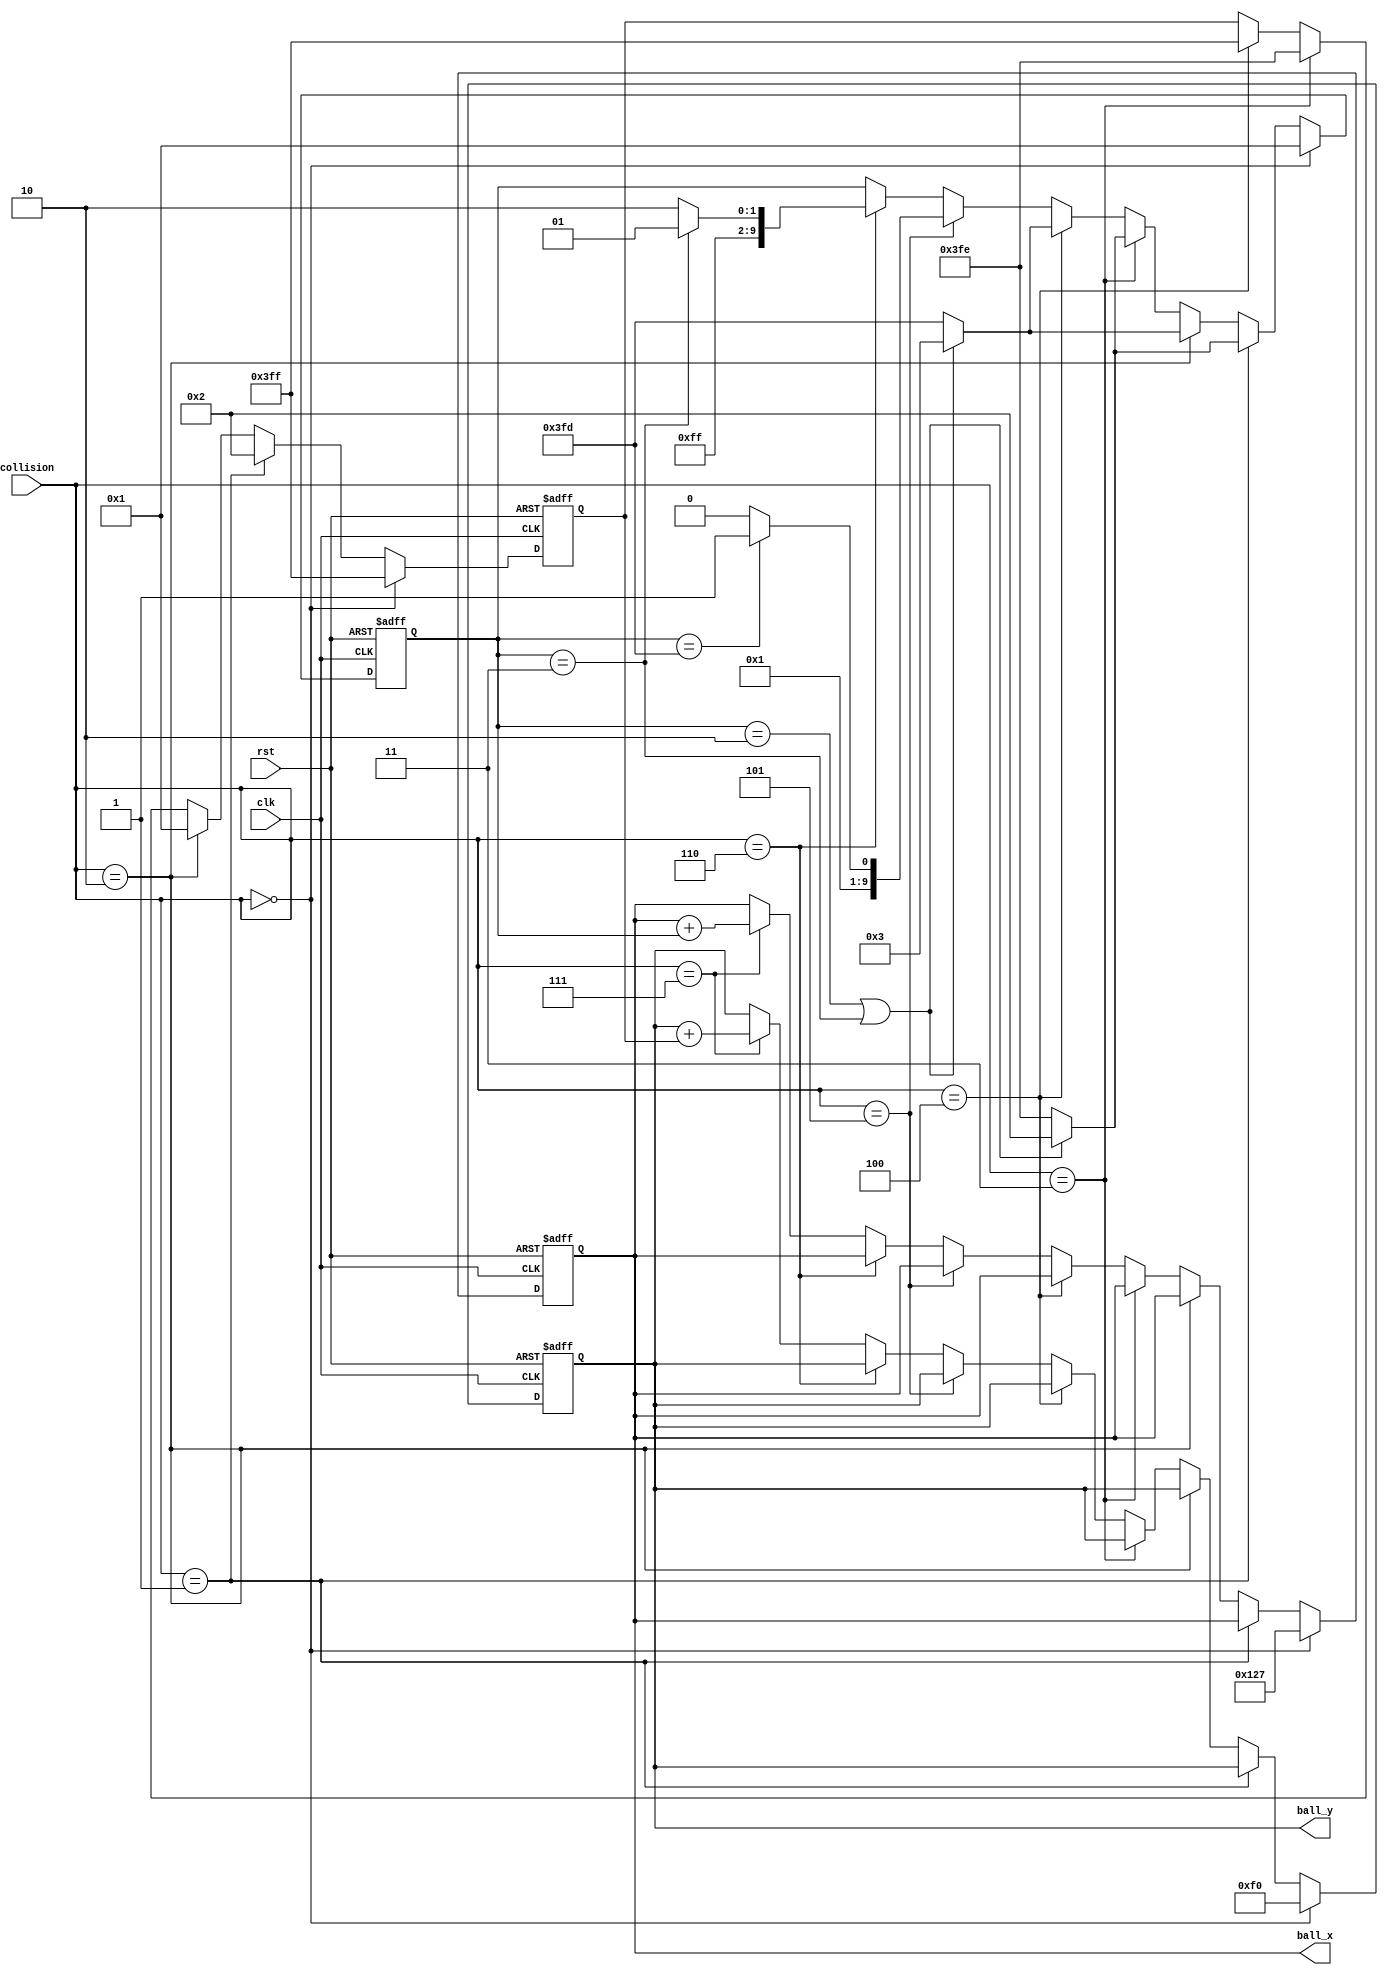
`timescale 1ns / 1ps
//////////////////////////////////////////////////////////////////////////////////
// Company: 
// Engineer: 
// 
// Design Name: 
// Module Name:    Ball 
// Project Name: 
// Target Devices: 
// Tool versions: 
// Description: 
//
// Dependencies: 
//
// Revision: 
// Revision 0.01 - File Created
// Additional Comments: 
//
//////////////////////////////////////////////////////////////////////////////////
module Ball(
    input clk,
    input rst,
    output [9:0] ball_x,
    output [9:0] ball_y,
    input [3:0] collision	// 1: TopMid 2: TopAngle
									// 3: BotMid 4: BotAngle
									// 5: Left	 6: Right	7: no collision 0:reset
    );
	 
reg [9:0] Vx, Vy;
reg [9:0] Bx, By;
always @ (negedge clk or posedge rst)
	if(rst)	begin
		Bx <= 10'd295;
		By <= 10'd240;
		Vx <= 10'd1;
		Vy <= 10'b1111111111;
	end
	else if (collision == 4'd0)	begin
		Bx <= 10'd295;
		By <= 10'd240;
		Vx <= 10'd1;
		Vy <= 10'b1111111111;
	end
		
	else if(collision == 4'd1) begin	//topmid
		Vy <= 10'd2;
		if(Vx == 10'd2 || Vx == 10'd3)
			Vx <= 10'd2;
		else
			Vx <= 10'b1111111110;
	end
	else if (collision == 4'd2) begin//TopAngle
		Vy <= 10'd1;
		if(Vx == 10'd2 || Vx == 10'd3)
			Vx <= 10'd3;
		else
			Vx <= 10'b1111111101;
	end
	else if (collision == 4'd3) begin	//BotMid
		Vy <= 10'b1111111110;
		if(Vx == 10'd2 || Vx == 10'd3)
			Vx <= 10'd2;
		else
			Vx <=10'b1111111110;
	end	
	
	else if (collision == 4'd4) begin	//BotAngle
		Vy <= 10'b1111111111;
		if(Vx == 10'd2 || Vx == 10'd3)
			Vx <=10'd3;
		else
			Vx <= 10'b1111111101;
	end
	
	else if (collision == 4'd5) 	//Left
		if (Vx == 10'b1111111101)
			Vx <= 10'd3;
		else
			Vx <= 10'd2;
	else if (collision == 4'd6)	//Right
		if(Vx == 10'd3)
			Vx <= 10'b1111111101;
		else
			Vx <= 10'b1111111110;
	else if (collision == 4'd7)begin
		Bx <= Bx + Vx;
		By <= By + Vy;
	end
	else begin
		Bx <= Bx;
		By <= By;
	end
	
/*	
always @ (negedge clk or posedge rst)
	if(rst)	begin
		Bx <= 10'd295;
		By <= 10'd240;
		Vx <= 10'd3;
		Vy <= 10'b1111111101;
	end
	else if (collision == 4'd0)	begin
		Bx <= 10'd295;
		By <= 10'd240;
		Vx <= 10'd3;
		Vy <= 10'b1111111101;
	end
		
	else if(collision == 4'd1)	//topmid
		Vy <= 10'd3;					//Vx (5), Vy (5)	
	else if (collision == 4'd2)	//TopAngle
		Vy <= 10'd1;
	else if (collision == 4'd3)	//BotMid
		Vy <= 10'b1111111101;
	else if (collision == 4'd4)	//BotAngle
		Vy <= 10'b1111111101;
	else if( collision == 4'd5) 	//Left
		Vx <= 10'd3;			
	else if (collision == 4'd6)	//Right
		Vx <= 10'b1111111101;		
	else if ( collision == 4'd7)begin
		Bx <= Bx + Vx;
		By <= By + Vy;
	end
	else begin
		Bx <= Bx;
		By <= By;
	end
*/
assign ball_x = Bx;
assign ball_y = By;

endmodule